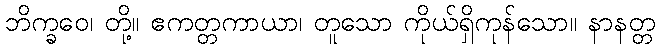
ဘိက္ခဝေ၊ တို့။ ဧကတ္တကာယာ၊ တူသော ကိုယ်ရှိကုန်သော။ နာနတ္တ